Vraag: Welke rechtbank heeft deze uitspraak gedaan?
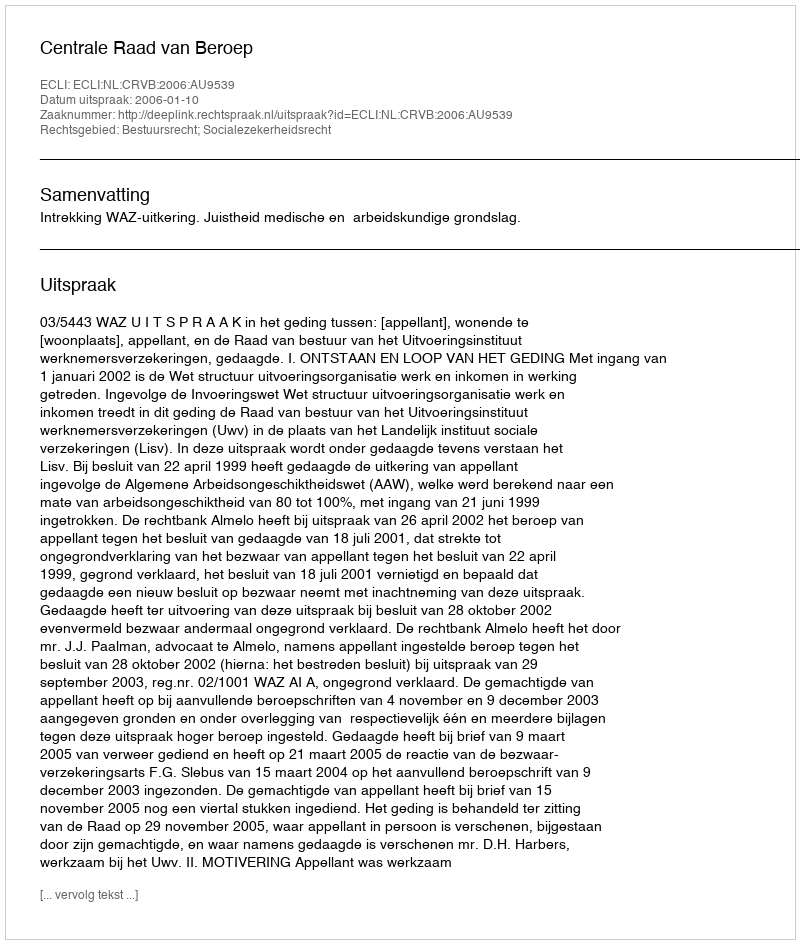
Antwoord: Centrale Raad van Beroep